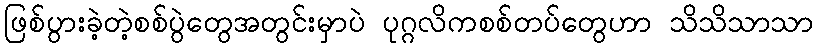
ဖြစ်ပွားခဲ့တဲ့စစ်ပွဲတွေအတွင်းမှာပဲ ပုဂ္ဂလိကစစ်တပ်တွေဟာ သိသိသာသာ